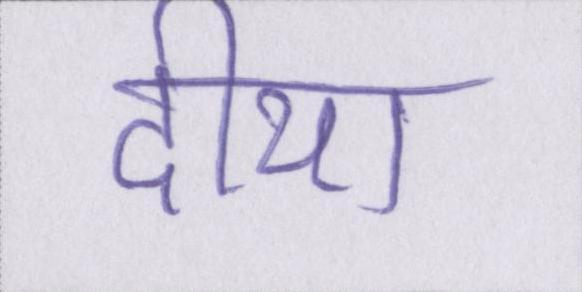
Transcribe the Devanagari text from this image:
दीया